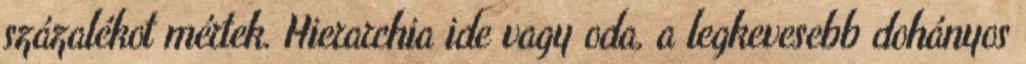
százalékot mértek. Hierarchia ide vagy oda, a legkevesebb dohányos